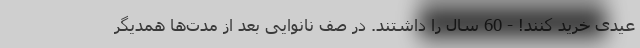
عیدی خرید کنند! - 60 سال را داشتند. در صف نانوایی بعد از مدت‌ها همدیگر